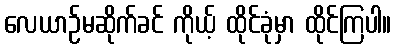
လေယာဉ်မဆိုက်ခင် ကိုယ့် ထိုင်ခုံမှာ ထိုင်ကြပါ။